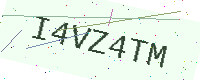
Text: I4VZ4TM